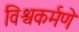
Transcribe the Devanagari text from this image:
विश्वकर्मणे